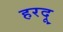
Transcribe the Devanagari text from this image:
हरदू